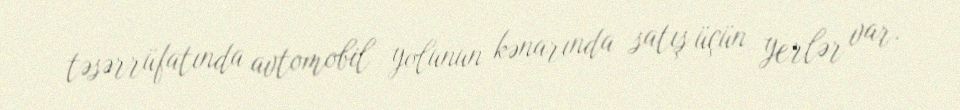
təsərrüfatında avtomobil yolunun kənarında satış üçün yerlər var.